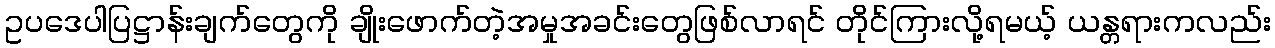
ဥပဒေပါပြဋ္ဌာန်းချက်တွေကို ချိုးဖောက်တဲ့အမှုအခင်းတွေဖြစ်လာရင် တိုင်ကြားလို့ရမယ့် ယန္တရားကလည်း